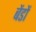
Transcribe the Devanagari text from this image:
बेंडों